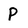
Character: P